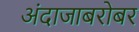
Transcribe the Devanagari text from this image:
अंदाजाबरोबर